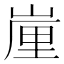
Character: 𡺉